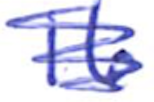
Text: 16
Cross-out: scratch
Writing tool: ballpoint